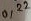
Text: 0,22